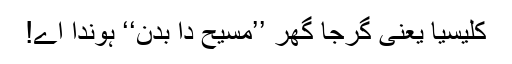
کلیسیا یعنی گرجا گھر ’’مسیح دا بدن‘‘ ہوندا اے!